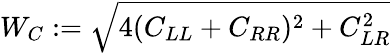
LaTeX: \begin{array}{r}{W_{C}:=\sqrt{4(C_{LL}+C_{RR})^{2}+C_{LR}^{2}}}\end{array}